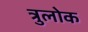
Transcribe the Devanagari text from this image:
त्रुलोक